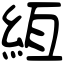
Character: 絚